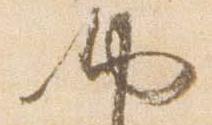
納